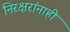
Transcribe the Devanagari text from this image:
निरक्षरांनाही